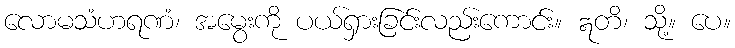
လောမသံဟရဏံ၊ အမွေးကို ပယ်ရှားခြင်းလည်းကောင်း။ ဣတိ၊ သို့။ ပေ။